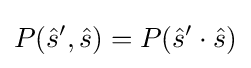
P({\hat {s}}',{\hat {s}})=P({\hat {s}}'\cdot {\hat {s}})